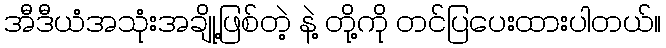
အီဒီယံအသုံးအချို့ဖြစ်တဲ့ နဲ့ တို့ကို တင်ပြပေးထားပါတယ်။